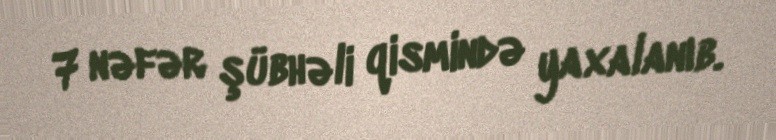
7 nəfər şübhəli qismində yaxalanıb.